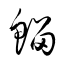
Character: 鰡